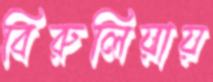
বিরুলিয়ায়